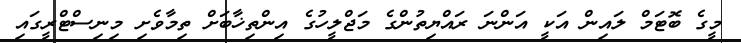
މީގެ ބޮޓަމް ލައިން އަކީ އަންނަ ރައްޔިތުންގެ މަޖްލީހުގެ އިންތިޚާބަަށް ތިމާވެށި މިނިސްޓްރީގައި